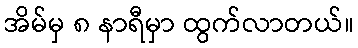
အိမ်မှ ၈ နာရီမှာ ထွက်လာတယ်။